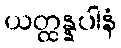
ယတ္ထန္နပါနံ